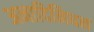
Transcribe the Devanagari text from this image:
अनादिनिधन